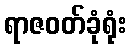
ရာဇဝတ်ခုံရုံး